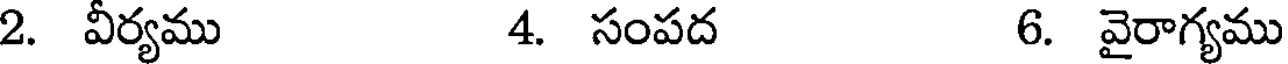
2. వీర్యము 4. సంపద 6. వైరాగ్యము